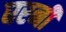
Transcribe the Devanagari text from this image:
घरनी